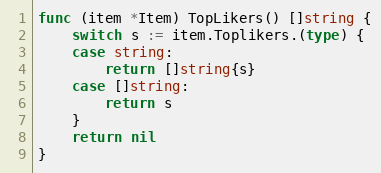
Language: Go
func (item *Item) TopLikers() []string {
	switch s := item.Toplikers.(type) {
	case string:
		return []string{s}
	case []string:
		return s
	}
	return nil
}